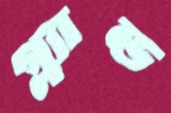
গ্ল্যান্ড